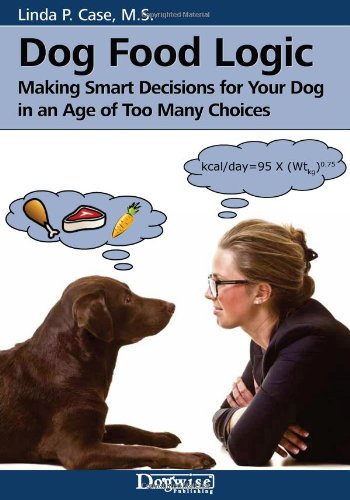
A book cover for Dog Food Logic: Making Smart Decisions for Your Dog in an Age of Too Many Choices; Linda P. Case; Crafts, Hobbies & Home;